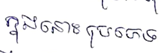
ក្នុងនោះប្រភេទ